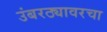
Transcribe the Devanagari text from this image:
उंबरठ्यावरचा